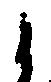
候